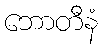
ဘောတီနံ